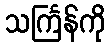
သင်္ကြန်ကို